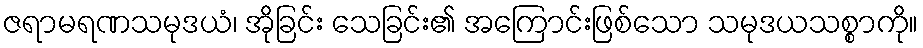
ဇရာမရဏသမုဒယံ၊ အိုခြင်း သေခြင်း၏ အကြောင်းဖြစ်သော သမုဒယသစ္စာကို။